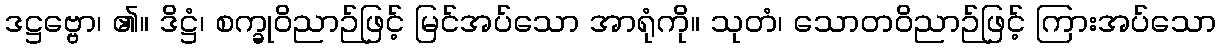
ဒဋ္ဌဗ္ဗော၊ ၏။ ဒိဋ္ဌံ၊ စက္ခုဝိညာဉ်ဖြင့် မြင်အပ်သော အာရုံကို။ သုတံ၊ သောတဝိညာဉ်ဖြင့် ကြားအပ်သော